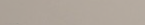
نحن نقدم خدمات التنظيف ال